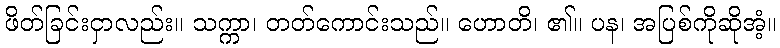
ဖိတ်ခြင်းငှာလည်း။ သက္ကာ၊ တတ်ကောင်းသည်။ ဟောတိ၊ ၏။ ပန၊ အပြစ်ကိုဆိုအံ့။